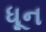
ધૂન